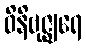
ဝိနိဗုဇ္ဈရေ